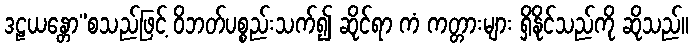
ဒဠယန္တော”စသည်ဖြင့် ဝိဘတ်ပစ္စည်းသက်၍ ဆိုင်ရာ ကံ ကတ္တားများ ရှိနိုင်သည်ကို ဆိုသည်။